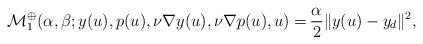
LaTeX: \begin{align*} \mathcal{M}_1^\oplus(\alpha,\beta;y(u),p(u),\nu \nabla y(u),\nu \nabla p(u),u) = &\, \frac{\alpha}{2}\|y(u) - y_d\|^2,\end{align*}